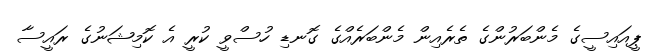
ޕީއައިސީގެ މެންބަރުންގެ ތެރެއިން މެންބަރެއްގެ ގޮނޑި ހުސްވީ ކުރީ އެ ކޮމިޝަނުގެ ރައީސާ